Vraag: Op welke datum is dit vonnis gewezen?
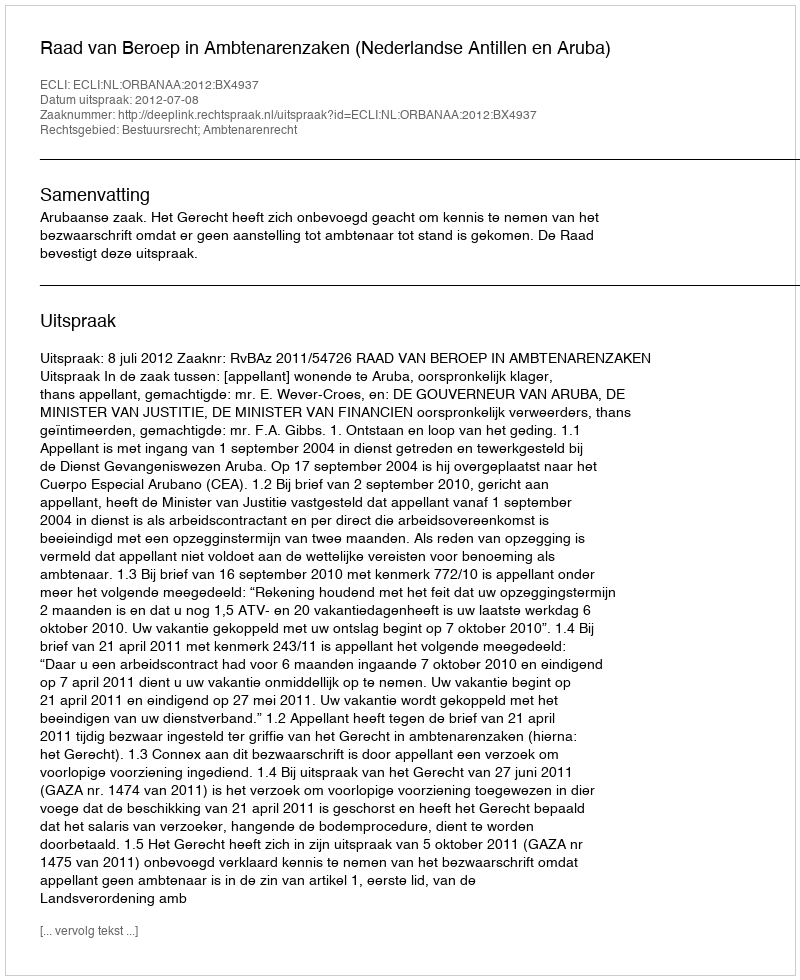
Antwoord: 2012-07-08